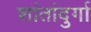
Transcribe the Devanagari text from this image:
शांतांदुर्गा